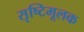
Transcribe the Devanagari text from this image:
सृष्टिमूलक